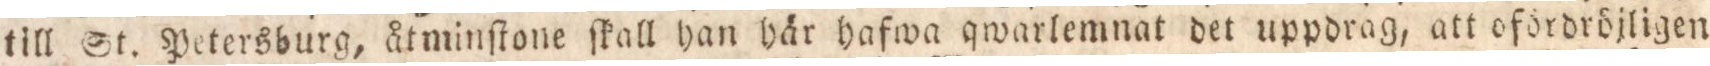
till St. Petersburg, åtminſtone ſkall han här hafwa qwarlemnat det uppdrag, att ofdrdröjligen